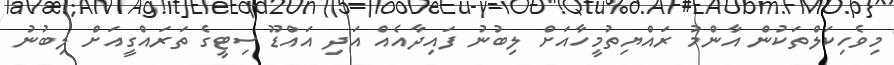
މިވެހިކަލްތަކުން އާންމު ރައްޔިތުމީހާއަށް ލިބުނު ފައިދާއެއް އަދި އައްޑޫ ސިޓީގެ ތަރައްގީއަށް ލިބުނު